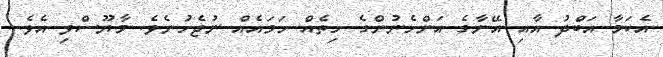
އެކަމާ އަބްދު އާއި އޭނާގެ އަންހެނުންގެ ހިތެއް ހަމައެއް ނުޖެހުނެވެ. މާޔޫސްވި އެވެ.